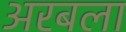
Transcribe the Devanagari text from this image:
अरबला